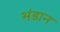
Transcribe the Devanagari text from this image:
भंडान